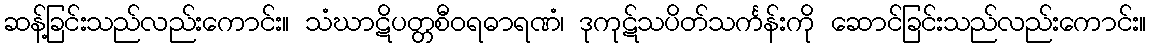
ဆန့်ခြင်းသည်လည်းကောင်း။ သံဃာဋိပတ္တစီဝရဓာရဏံ၊ ဒုကုဋ်သပိတ်သင်္ကန်းကို ဆောင်ခြင်းသည်လည်းကောင်း။